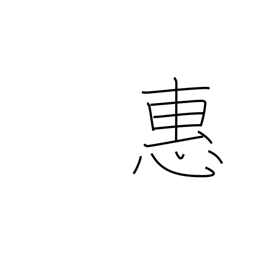
Meaning: grace